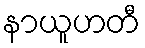
နာယူဟတီ